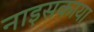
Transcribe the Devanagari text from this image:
नाइसकाया